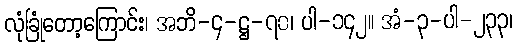
လုံခြုံတော့ကြောင်း၊ အဘိ-၄-ဋ္ဌ-၇၀၊ ပါ-၁၄၂။ အံ-၃-ပါ-၂၃၃၊